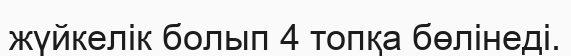
жүйкелік болып 4 топқа бөлінеді.